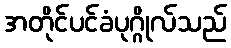
အတိုင်ပင်ခံပုဂ္ဂိုလ်သည်